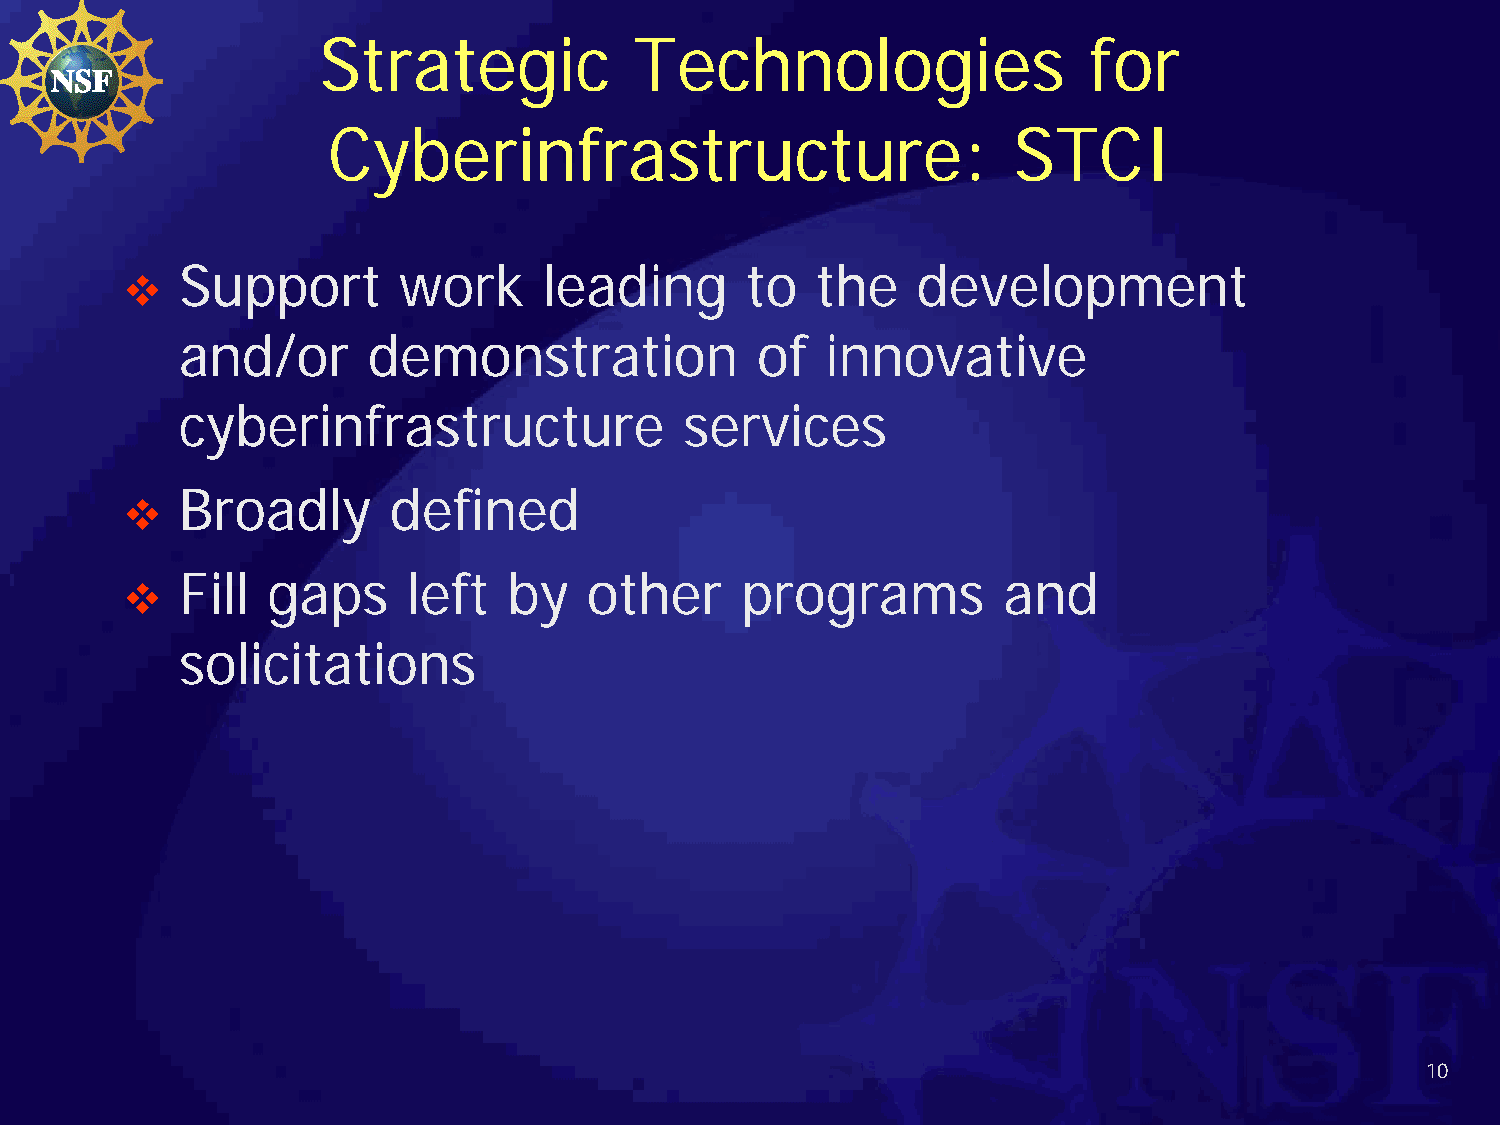
Strategic            Technologies                  for
 Cyberinfrastructure:                         STCI
 Support       work      leading      to   the    development
 
 and/or      demonstration             of   innovative
 cyberinfrastructure              services
 Broadly       defined
 
 Fill  gaps     left   by   other     programs         and
 
 solicitations
 10